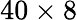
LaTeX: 40\times 8